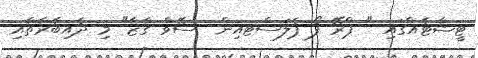
ޓީޝާޓެއްގައި " ޕްރޭ ފޯ ޕެލަސްޓއިން  ސޭވް ގާޒާ" މި ދެއިބާރާތާއި